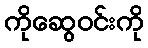
ကိုဆွေဝင်းကို